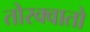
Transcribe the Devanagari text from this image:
तोरक्वातो